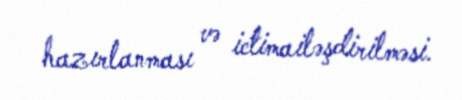
hazırlanması və ictimailəşdirilməsi.